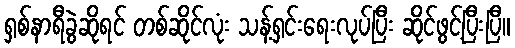
ရှစ်နာရီခွဲဆိုရင် တစ်ဆိုင်လုံး သန့်ရှင်းရေးလုပ်ပြီး ဆိုင်ဖွင့်ပြီးပြီ။